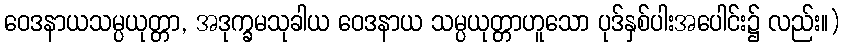
ဝေဒနာယသမ္ပယုတ္တာ, အဒုက္ခမသုခါယ ဝေဒနာယ သမ္ပယုတ္တာဟူသော ပုဒ်နှစ်ပါးအပေါင်း၌ လည်း။)